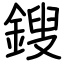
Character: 鎪